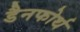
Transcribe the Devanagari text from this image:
डैनफोर्थ